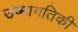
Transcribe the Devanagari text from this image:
उष्‍मागतिकी